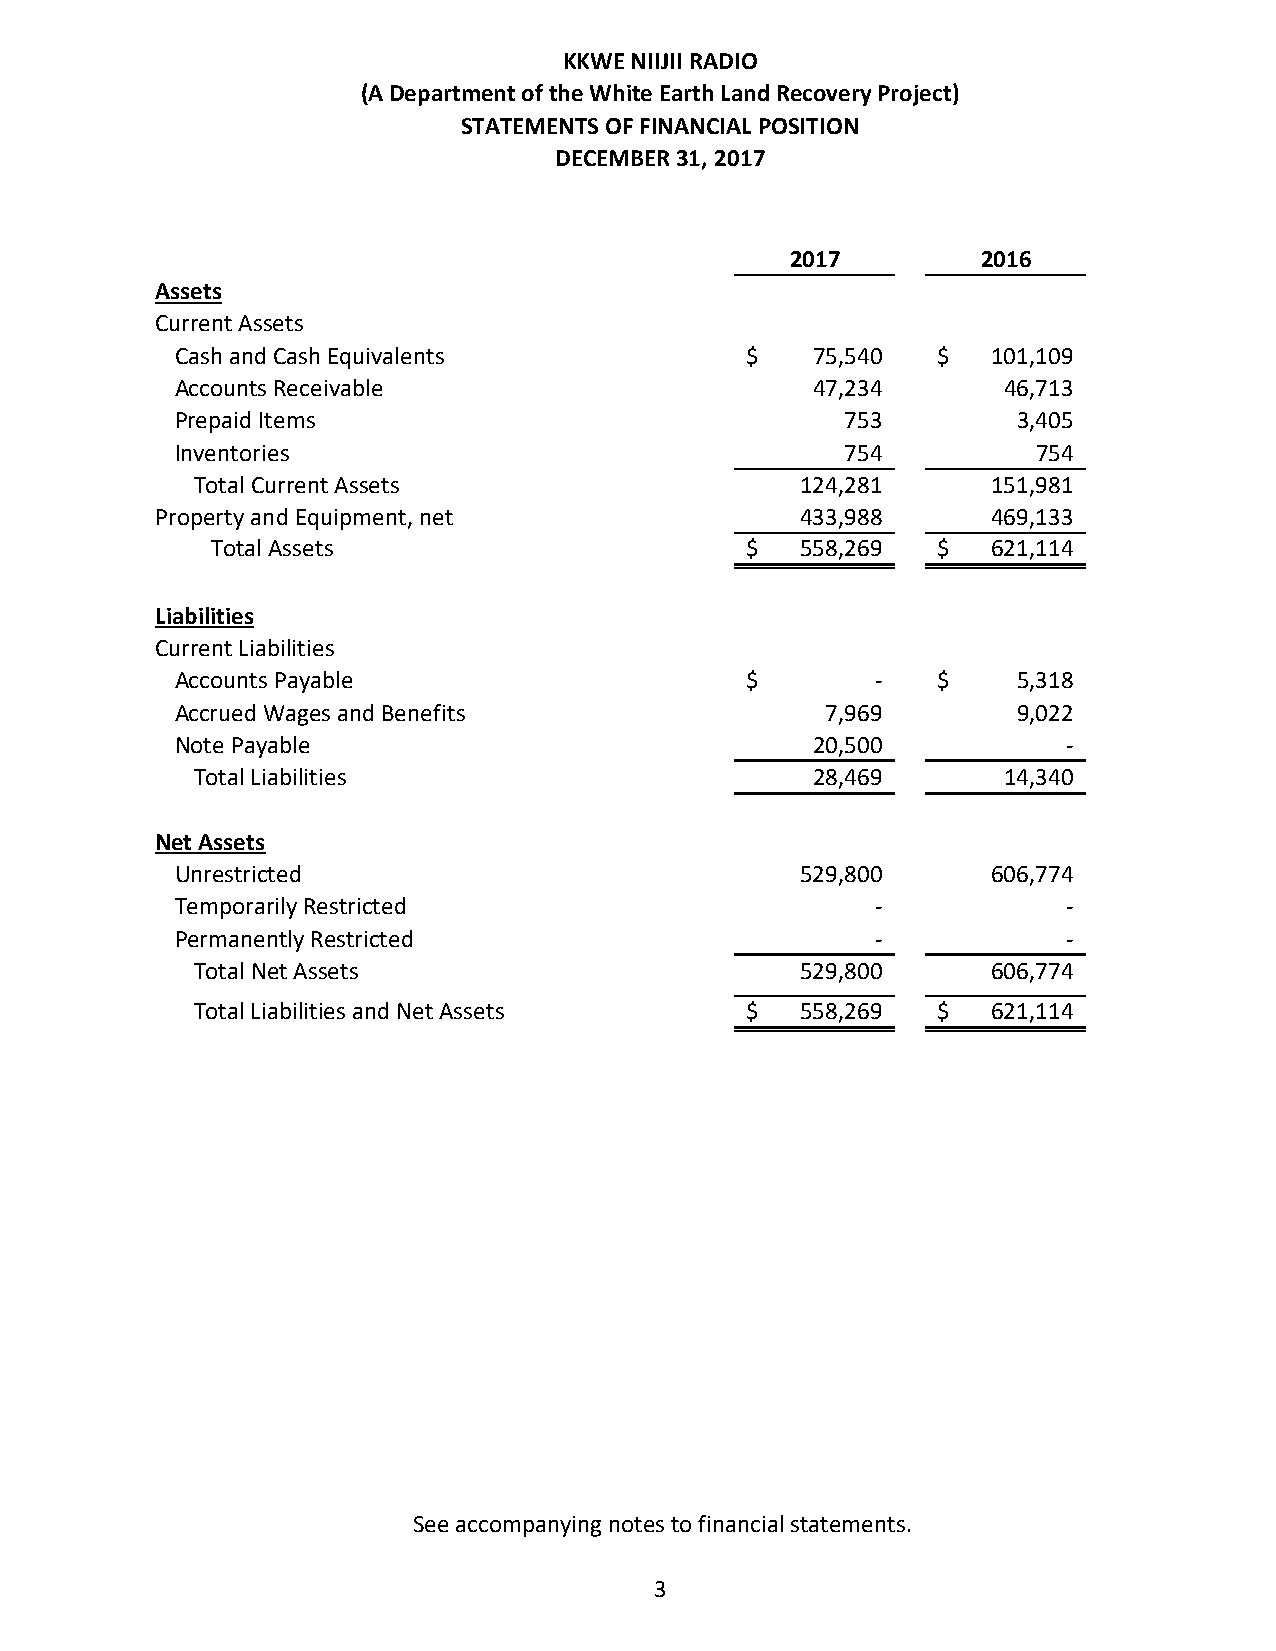
KKWE NIIJII RADIO
 (A Department of the White Earth Land Recovery Project)
 STATEMENTS OF FINANCIAL POSITION
 DECEMBER 31, 2017
 2017         2016
 Assets
 Current Assets
 C ash and Cash Equivalents            $   75,540   $  101,109
 Accounts Receivable                       47,234       46,713
 Prepaid Items                                753        3 ,405
 Inventories                                  754         754
 Total Current Assets                     124,281     151,981
 Property and Equipment, net                433,988     469,133
 Total Assets                       $   558,269  $  621,114
 Liabilities
 Current Liabilities
 Accounts Payable                      $        -   $    5,318
 Accrued Wages and Benefits                 7 ,969       9 ,022
 Note Payable                              20,500           -
 Total Liabilities                        28,469       14,340
 Net Assets
 Unrestricted                              529,800     606,774
 Temporarily Restricted                         -           -
 Permanently Restricted                         -           -
 Total Net Assets                         529,800     606,774
 Total Liabilities and Net Assets     $   558,269  $  621,114
 See accompanying notes to financial statements.
 3